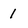
Character: 1